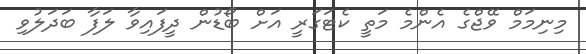
މިނިމަމް ވޭޖްގެ އެންމެ މަތީ ކެޓަގަރީ އަށް ބޯޑުން ދީފައިވާ ލަފާ ބަދަލުވި